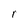
Character: r